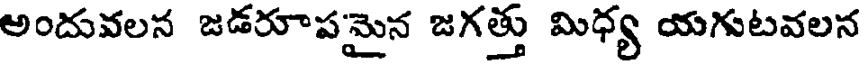
అందువలన జడరూపమైన జగత్తు మిధ్య యగుటవలన